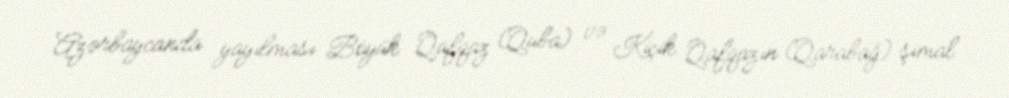
Azərbaycanda yayılması Böyük Qafqaz (Quba) və Kiçik Qafqazın (Qarabağ) şimal